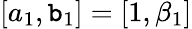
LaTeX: [a_{1},\mathtt{b}_{1}]=[1,\beta_{1}]